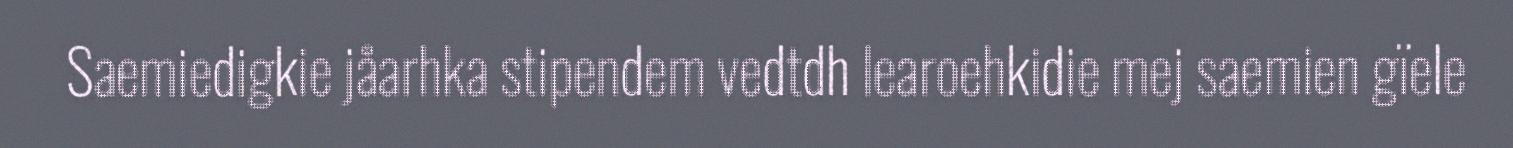
Saemiedigkie jåarhka stipendem vedtdh learoehkidie mej saemien gïele